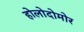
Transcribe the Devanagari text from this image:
होलोदोमोर